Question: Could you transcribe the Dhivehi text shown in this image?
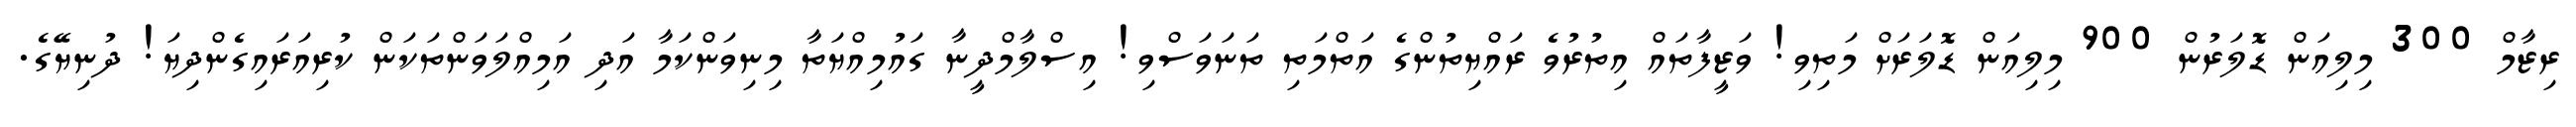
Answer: ރިޒާމް 300 މިލިއަން ޑޮލަރުން 900 މިލިއަން ޑޮލަރަށް މަތިވި! ވަޒީފާތައް އިތުރުވެ ރައްޔިތުންގެ އަތްމަތި ތަނަވަސްވި! އިސްލާމްދީނާ ގައުމިއްޔަތާ މިނިވަންކަމާ އަދި އަމިއްލަވަންތަކަން ކުރިއަރައިގެންދިޔަ! ދުނިޔޭގެ.